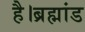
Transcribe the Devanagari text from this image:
है।ब्रह्मांड